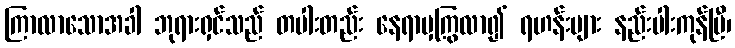
ကြာလာသောအခါ ဘုရားရှင်သည် တပါးတည်း နေရာမှကြွလာ၍ ရဟန်းများ နည်းပါးကုန်ပြီ၊